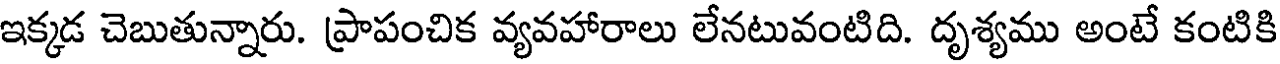
ఇక్కడ చెబుతున్నారు. ప్రాపంచిక వ్యవహారాలు లేనటువంటిది. దృశ్యము అంటే కంటికి